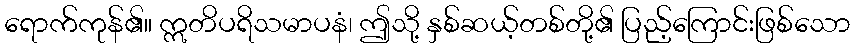
ရောက်ကုန်၏။ ဣတိပရိသမာပနံ၊ ဤသို့ နှစ်ဆယ့်တစ်တို့၏ ပြည့်ကြောင်းဖြစ်သော